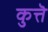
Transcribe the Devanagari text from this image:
कुत्तॆ